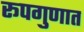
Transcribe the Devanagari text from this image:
रूपगुणात